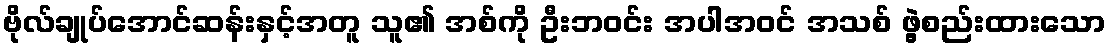
ဗိုလ်ချုပ်အောင်ဆန်းနှင့်အတူ သူ၏ အစ်ကို ဦးဘဝင်း အပါအဝင် အသစ် ဖွဲ့စည်းထားသော